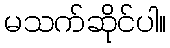
မသက်ဆိုင်ပါ။